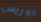
دوريس